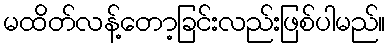
မထိတ်လန့်တော့ခြင်းလည်းဖြစ်ပါမည်။